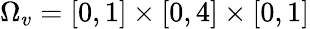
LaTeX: \Omega_{v}=\left[0,1\right]\times\left[0,4\right]\times\left[0,1\right]